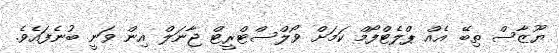
ޔޫޒާސް ތިބޭ އެއް ޕްލެޓްފޯމް ކަމަށް ވޯލްސްޓްރީޓް ޖާނަލް އިން ވަނީ ބުނެފައެވެ.